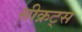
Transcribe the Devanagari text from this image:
सीक्रट्स